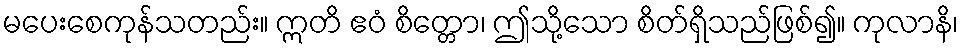
မပေးစေကုန်သတည်း။ ဣတိ ဧဝံ စိတ္တော၊ ဤသို့သော စိတ်ရှိသည်ဖြစ်၍။ ကုလာနိ၊